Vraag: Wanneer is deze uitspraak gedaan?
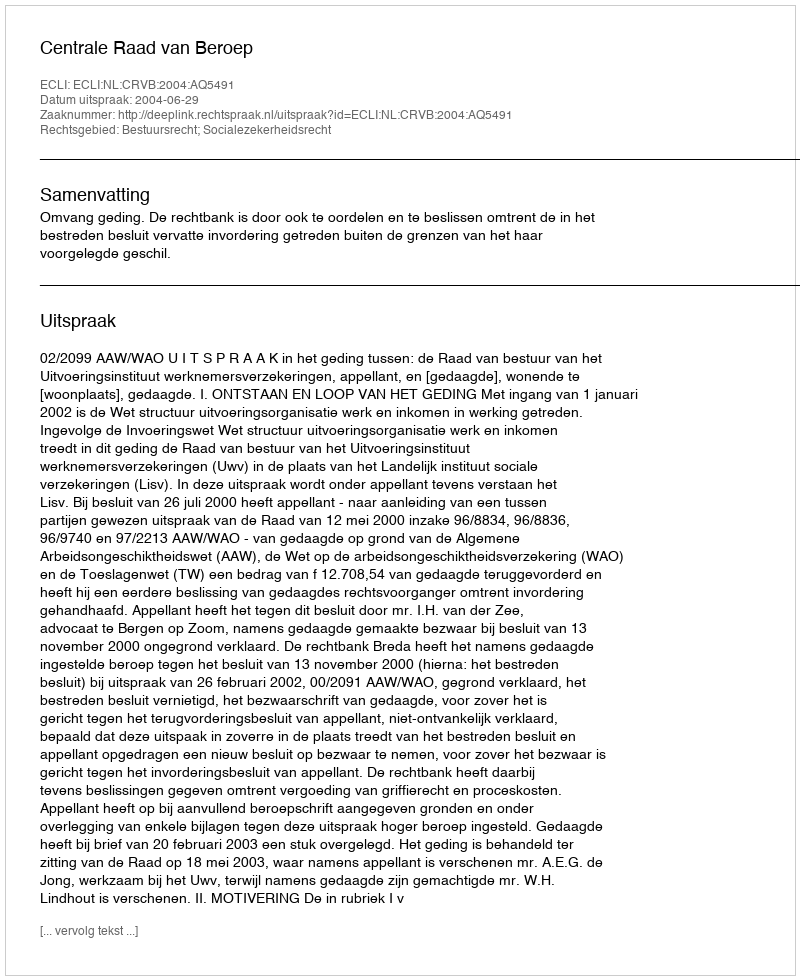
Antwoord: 2004-06-29